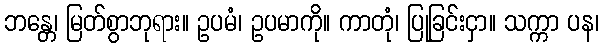
ဘန္တေ၊ မြတ်စွာဘုရား။ ဥပမံ၊ ဥပမာကို။ ကာတုံ၊ ပြုခြင်းငှာ။ သက္ကာ ပန၊